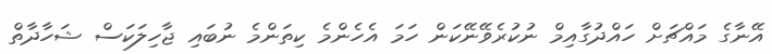
އޭނާގެ މައްޗަށް ހައްދުގާއިމް ނުކުރެވޭނޭކަން ހަމަ އެހެންމެ ކިތަންމެ ނުބައި ޖާހިލަކަސް ޝަހާދާތް